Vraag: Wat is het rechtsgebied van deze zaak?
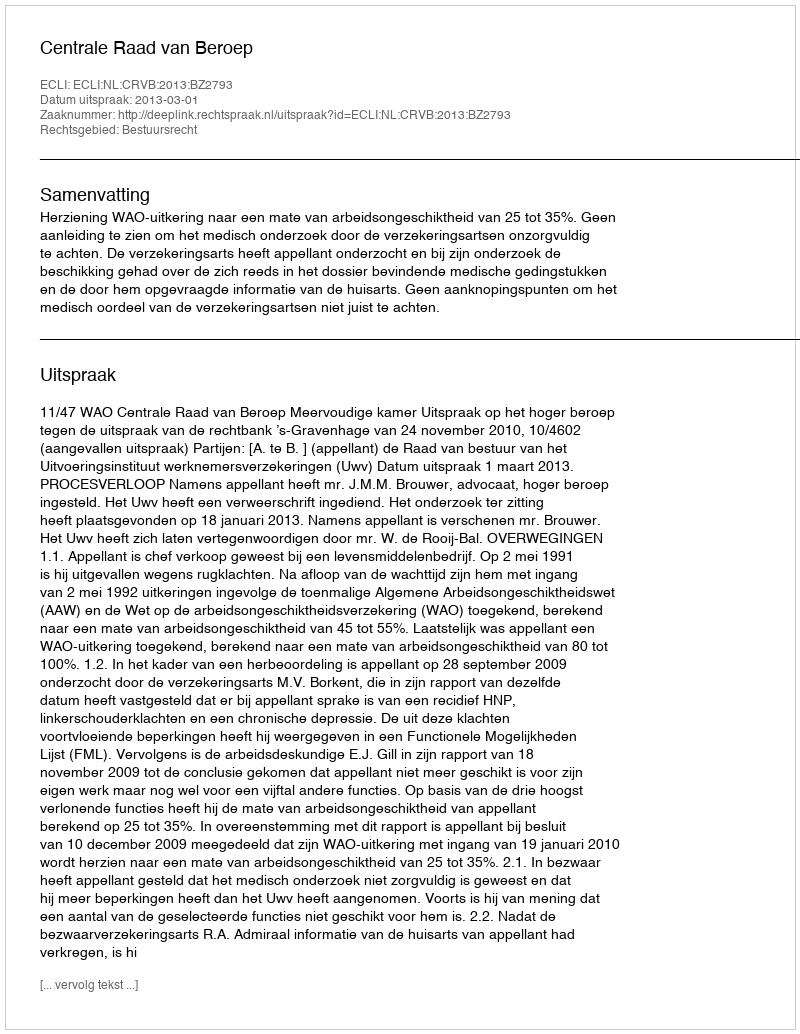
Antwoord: Bestuursrecht